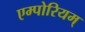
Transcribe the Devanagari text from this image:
एम्पोरियम्